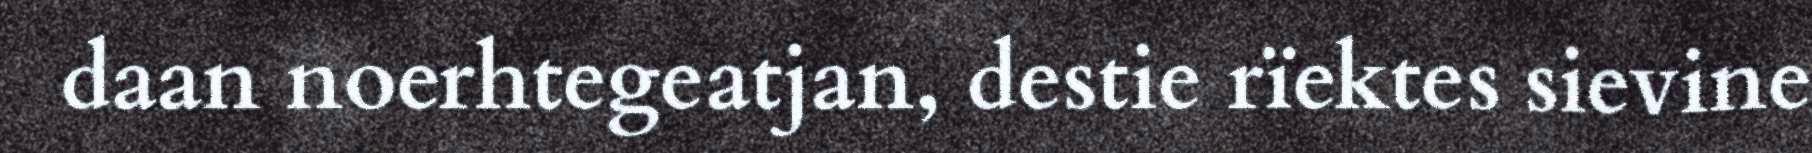
daan noerhtegeatjan, destie rïektes sievine